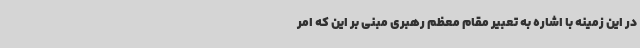
در این زمینه با اشاره به تعبیر مقام معظم رهبری مبنی بر این که امر